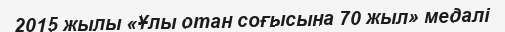
2015 жылы «Ұлы отан соғысына 70 жыл» медалі